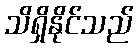
သိရှိနိုင်သည်